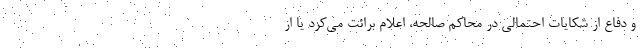
و دفاع از شکایات احتمالی در محاکم صالحه، اعلام برائت می‌کرد یا از